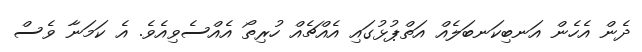
ދެން އެހެން އަނބިކަނބަލެއް އަތްޕުޅުގައި އެއްޗެއް ހުރިތޯ އެއްސެވިއެވެ. އެ ކަމަނާ ވެސް